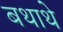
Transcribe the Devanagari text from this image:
बथाथे